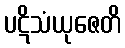
ပဋိသံယုဇေတိ